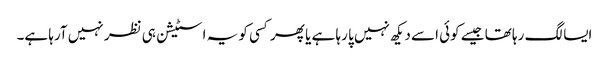
ایسا لگ رہا تھا جیسے کوئی اسے دیکھ نہیں پا رہا ہے یا پھر کسی کو یہ اسٹیشن ہی نظر نہیں آرہا ہے۔